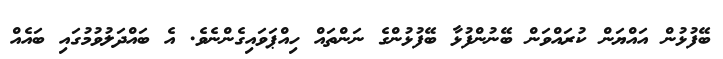
ބޭފުޅުން އައްޔަން ކުރައްވަން ބޭނުންފުޅާ ބޭފުޅުންގެ ނަންތައް ހިއްޕަވައިގެންނެެވެ. އެ ބައްދަލުވުމުގައި ބައެއް